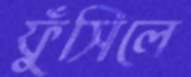
ফুঁসিলে